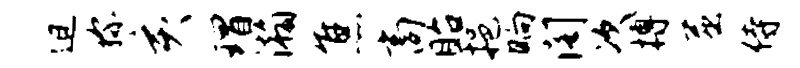
迫称亥瑁瀚焦商眙挹晌阁次搏屈侍